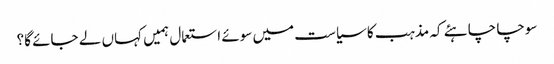
سوچا چاہئے کہ مذہب کا سیاست میں سوئے استعمال ہمیں کہاں لے جائے گا؟